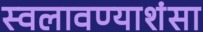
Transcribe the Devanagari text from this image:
स्वलावण्याशंसा